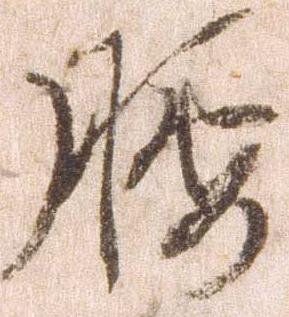
腰